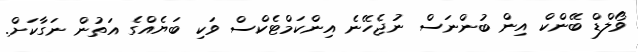
ވޯލްޑް ބޭންކް އިން ބުންނަސް ނުޖެހޭނެ އިންކަމްޓެކްސް ވަކި ބަޔެއްގެ އަތުން ނަގާކަށް.